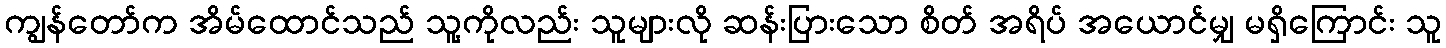
ကျွန်တော်က အိမ်ထောင်သည် သူ့ကိုလည်း သူများလို ဆန်းပြားသော စိတ် အရိပ် အယောင်မျှ မရှိကြောင်း သူ